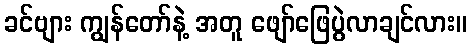
ခင်ဗျား ကျွန်တော်နဲ့ အတူ ဖျော်ဖြေပွဲလာချင်လား။